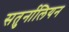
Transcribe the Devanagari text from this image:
सतुर्नालियन